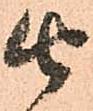
由